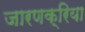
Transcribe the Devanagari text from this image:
जारणक्रिया